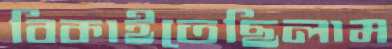
বিকাইতেছিলাম